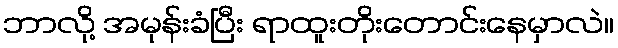
ဘာလို့ အမုန်းခံပြီး ရာထူးတိုးတောင်းနေမှာလဲ။